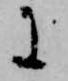
に